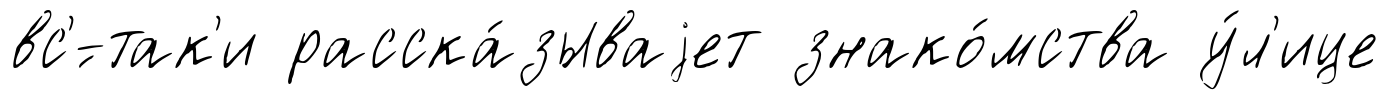
вс'́-так'и расска́зываjет знако́мства у́л'ице